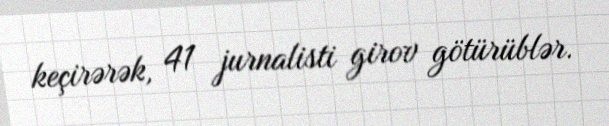
keçirərək, 41 jurnalisti girov götürüblər.